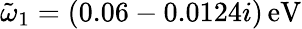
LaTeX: \tilde{\omega}_{1}=(0.06-0.0124i)\, \mathrm{eV}